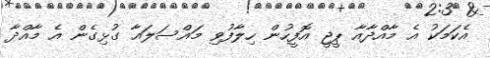
އެކަމަކު އެ މާއްދާއާ ޕީޖީ އޮފީހުން ހިލާފުވި މައްސަލައާ ގުޅިގެން އެ މާއްދާ